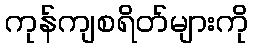
ကုန်ကျစရိတ်များကို